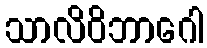
သာလိဝိဘာဂေါ